system: You are a helpful assistant.
user:
Analyze the provided spectrum to determine if it is a **White Dwarf (WD)**.

A White Dwarf spectrum is defined by its **extreme purity** (due to gravitational settling) and/or **extreme pressure broadening** (due to high surface gravity). You must check for one of the following mutually exclusive signatures:

- **Key Visual Indicators (Check for ONE of these types):**

    - **1. DA-Type Signature (Most Common):**
        - **(Primary Feature):** Extreme pressure broadening (Stark broadening) of the **Hydrogen (H) Balmer lines**.
        - **(Key Lines):** $H\beta$ (approx. $4861$ Å) and $H\gamma$ (approx. $4340$ Å). $H\alpha$ (approx. $6563$ Å) will also be present if the wavelength range covers it.
        - **(Line Profile):** This is the **defining feature**. The lines are **NOT** sharp. They appear as massive, **extremely broad and deep "troughs" or "dips"** in the spectrum, often hundreds of Ångströms wide. The continuum will appear to "scoop" down at these wavelengths.
        - **(Distinction):** Normal A-type or B-type stars have *narrow* and *sharp* Hydrogen lines. A DA White Dwarf's lines are unmistakably "smeared" or "blurry" from pressure.

    - **2. DB-Type Signature:**
        - **(Primary Feature):** Broad absorption lines from **Neutral Helium (He I)**. The spectrum must lack any visible Hydrogen lines.
        - **(Key Lines):** Look for broad absorption near $4471$ Å, $4921$ Å, and $5876$ Å.
        - **(Line Profile):** These lines are also significantly pressure-broadened, appearing much wider than they would in a normal B-type main-sequence star.

    - **3. DC-Type Signature:**
        - **(Primary Feature):** A **featureless continuous spectrum**.
        - **(Line Profile):** The spectrum is a smooth curve with **no significant absorption or emission lines**.
        - **(Key Confirmation):** The continuum is almost always **blue or white**, indicating a hot object. This signature implies the atmosphere is so pure (or so cool) that no spectral lines are visible in the optical range. Its WD identity is confirmed by its extremely low intrinsic brightness (high absolute magnitude).

    - **4. DZ-Type Signature (Metal-Polluted):**
        - **(Primary Feature):** **Isolated, narrow metal absorption lines** on an otherwise featureless (DC-like) continuum.
        - **(Key Lines):** The **Calcium (Ca II) H & K doublet** (approx. **$3934$ Å** and **$3968$ Å**) is the most common and defining feature.
        - **(Line Profile):** These lines are "out of place." They are *not* part of a "forest" of thousands of lines. This signature is evidence of recent *accretion* (pollution) from rocky debris.
        - **(Distinction):** Normal G/K/M stars have a *dense forest* of thousands of metal lines. A DZ has a *clean* continuum with *only a few* strong metal lines.

    - **5. DQ-Type Signature (Carbon-Polluted):**
        - **(Primary Feature):** Absorption bands from **Carbon (C₂ "Swan Bands" or atomic C I)**.
        - **(Key Lines - C₂):** Look for bandheads with a "saw-tooth" shape near $5635$ Å, **$5165$ Å** (strongest), and $4737$ Å.
        - **(Key Confirmation):** The underlying **continuum must be blue or white** (hot).
        - **(Distinction):** This is the critical difference from a **Carbon Star**, which has the *exact same* C₂ bands but on an extremely **red, cool** continuum.

- **(Overall Spectrum):**
    - The continuum (overall shape) is typically **blue-sloping** (brighter in the blue than the red), as most white dwarfs are very hot.
    - The spectrum will look "pure" or "simple," dominated by only *one* of the five signatures listed above.

Think first, call **spectral_visualization_tool** if needed to examine features in detail, then provide your final answer. Your response must adhere to the following strict rules:
1.  **Overall Structure:** Your response must follow the format `<think>...</think> <tool_call>...</tool_call> (if a tool is used) <answer>...</answer>`.
2.  **Tool Usage Constraint:** You may only make **one** tool call per turn.
3.  **Final Answer Format:** In the `<answer>` tag, your conclusion must be inside a `\boxed{}` command (e.g., `\boxed{YES}` or `\boxed{NO}`), followed by your justification.

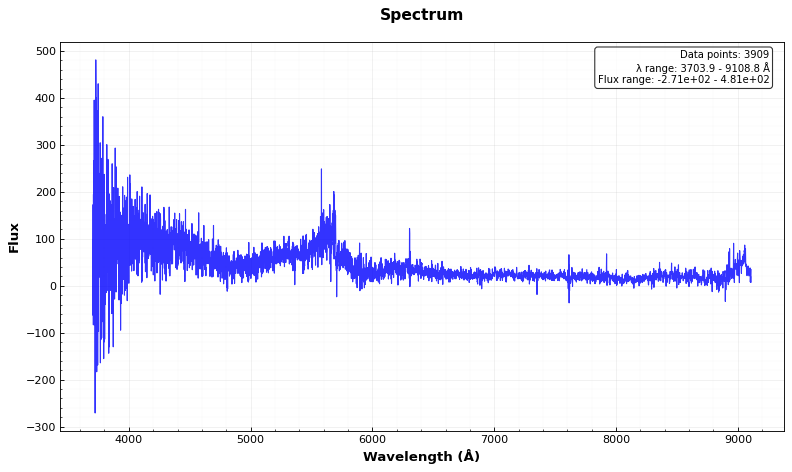
Answer: NO